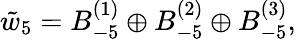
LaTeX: \tilde{w}_{5}=B_{-5}^{(1)}\oplus B_{-5}^{(2)}\oplus B_{-5}^{(3)},